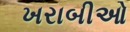
ખરાબીઓ